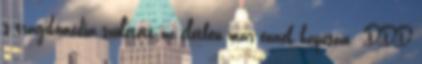
s tragikomédia született az életben már ennek kapcsán :DDD